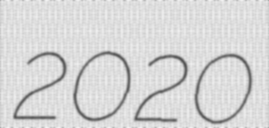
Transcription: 2020